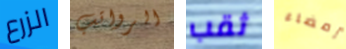
الزرع الرواتب ثقب إمضاء